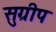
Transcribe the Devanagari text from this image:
सुग्रीप